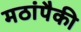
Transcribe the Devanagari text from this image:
मठांपैकी